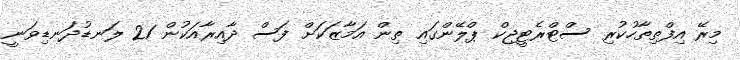
މިރޭ އިފްތިތާހުކުރި ސްޓްރެޓީޖިކް ޕްލޭންގައި ތިން އަމާޒަކަށް ފަސް ދާއިރާއަކުން 21 ލަނޑުދަނޑިވަނީ